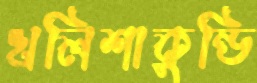
খলিশাকুন্ডি